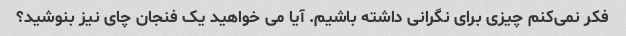
فکر نمی‌کنم چیزی برای نگرانی داشته باشیم. آیا می خواهید یک فنجان چای نیز بنوشید؟